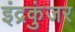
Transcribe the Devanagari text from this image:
इंद्रकुंजर